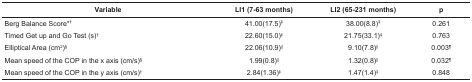
<table><thead><tr><td><b>Variable</b></td><td><b>LI1 (7-63 months)</b></td><td><b>LI2 (65-231 months)</b></td><td><b>p</b></td></tr></thead><tbody><tr><td> Berg Balance Score*<sup>†</sup></td><td> 41.00(17.5)<sup>‡</sup></td><td> 38.00(8.8)<sup>‡</sup></td><td> 0.261</td></tr><tr><td> Timed Get up and Go Test (s)<sup>†</sup></td><td> 22.60(15.0)<sup>‡</sup></td><td> 21.75(33.1)<sup>‡</sup></td><td> 0.763</td></tr><tr><td> Elliptical Area (cm<sup>2</sup>)<sup>§</sup></td><td> 22.06(10.9)<sup>||</sup></td><td> 9.10(7.8)<sup>||</sup></td><td> 0.003<sup>¶</sup></td></tr><tr><td> Mean speed of the COP in the x axis(cm/s)<sup>§</sup></td><td> 1.99(0.8)<sup>||</sup></td><td> 1.32(0.8)<sup>||</sup></td><td> 0.032<sup>¶</sup></td></tr><tr><td> Mean speed of the COP in the y axis(cm/s)<sup>†</sup></td><td> 2.84(1.36)<sup>‡</sup></td><td> 1.47(1.4)<sup>‡</sup></td><td> 0.848</td></tr></tbody></table>